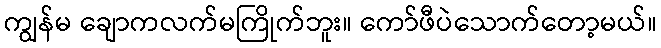
ကျွန်မ ချောကလက်မကြိုက်ဘူး။ ကော်ဖီပဲသောက်တော့မယ်။